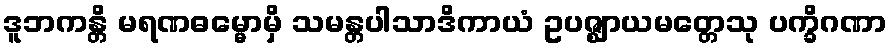
ဒူဘကန္တိ မရဏဓမ္မောမှိ သမန္တပါသာဒိကာယံ ဥပဇ္ဈာယမတ္တေသု ပက္ခိဂဏာ